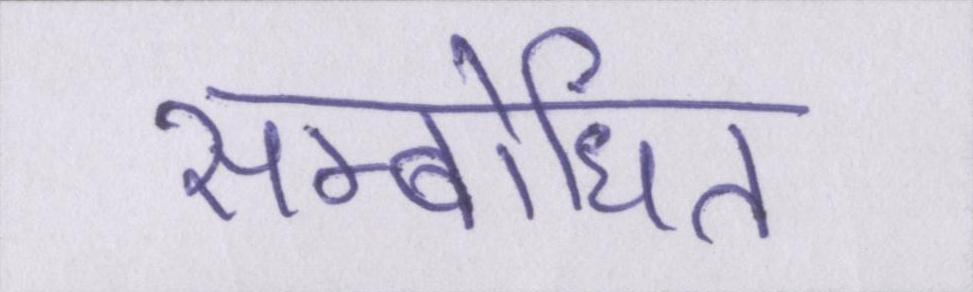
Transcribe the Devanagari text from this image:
सम्बोधित